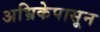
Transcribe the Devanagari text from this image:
अभ्रिकेपासून